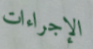
الإجراءات